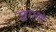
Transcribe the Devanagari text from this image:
उड्डाअणे